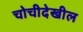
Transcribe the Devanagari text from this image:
चोचीदेखील